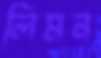
লিমন